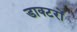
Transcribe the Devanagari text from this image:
डाक्‍टरों